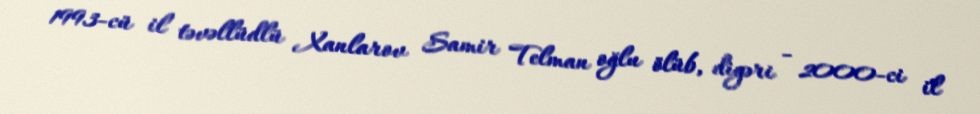
1993-cü il təvəllüdlü Xanlarov Samir Telman oğlu ölüb, digəri - 2000-ci il